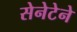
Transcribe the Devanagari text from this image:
सेनेटेने